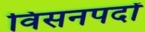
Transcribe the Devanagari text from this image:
विसनपदों